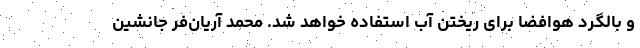
و بالگرد هوافضا برای ریختن آب استفاده خواهد شد. محمد آریان‌فر جانشین